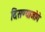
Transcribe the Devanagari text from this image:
दिसण्याजोगे